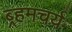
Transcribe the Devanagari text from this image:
ब्र्हमचर्य